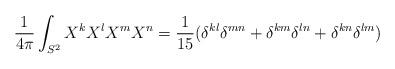
LaTeX: \begin{align*}\frac{1}{4\pi}\int_{S^2} X^kX^lX^mX^n = \frac{1}{15}(\delta^{kl}\delta^{mn} + \delta^{km}\delta^{ln} + \delta^{kn}\delta^{lm}) \end{align*}